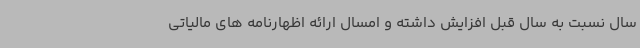
سال نسبت به سال قبل افزایش داشته و امسال ارائه اظهارنامه های مالیاتی